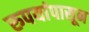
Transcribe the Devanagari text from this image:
रुपयांपासून